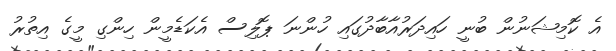
އެ ކޮމިޝަނުން ބުނީ ހައިދަރުއާބާދުގައި ހުންނަ ޕޮލިސް އެކަޑެމީން ހިންގި މީގެ އިތުރު